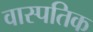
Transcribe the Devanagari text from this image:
वास्पतिक